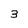
Character: 3